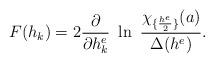
LaTeX: \begin{align*}F(h_k)=2{\partial \over \partial h^e_k}~\ln\ {\chi_{\{{h^e\over2}\}}(a)\over \Delta(h^e)}.\end{align*}